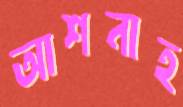
আশনাহ